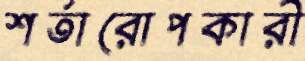
শর্তারোপকারী